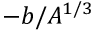
- b / A ^ { 1 / 3 }